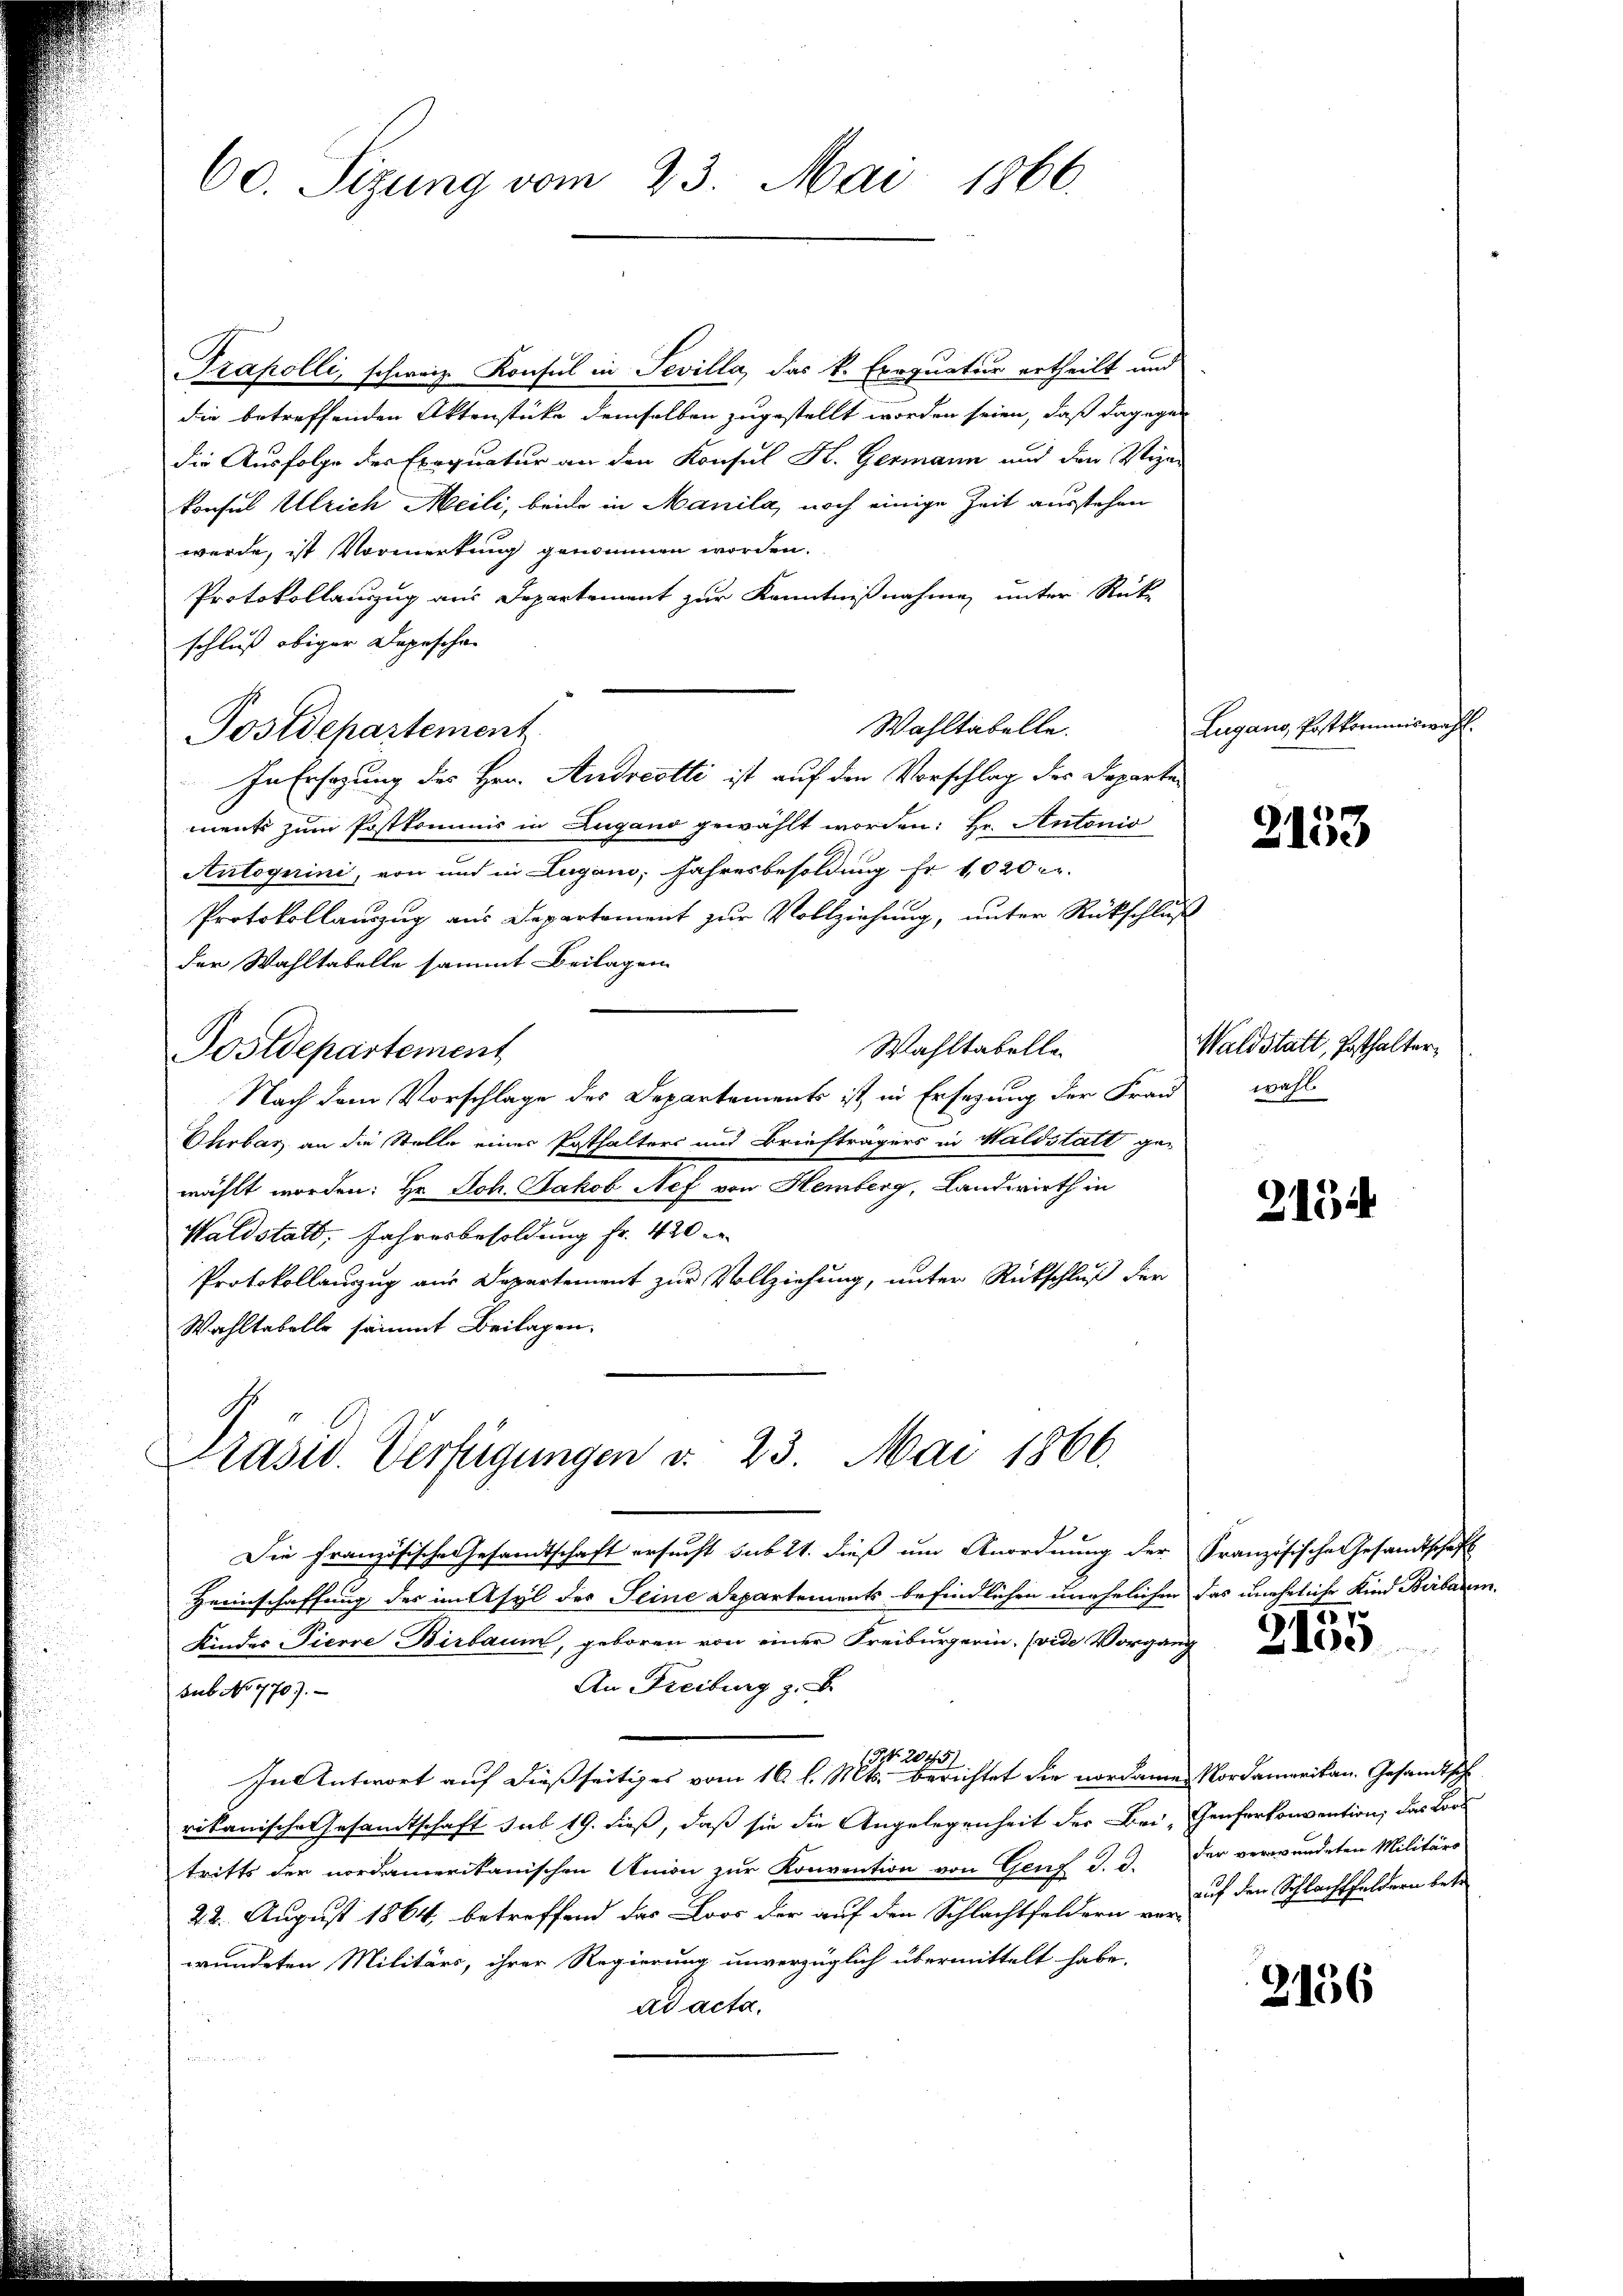
60. Sizung vom 23. Mai 1866.

Trapolli, schweiz. Konsul in Sevilla, das k. Exequatur ertheilt und
die betreffenden Aktenstücke demselben zugestellt worden seien, daß dagegen
die Ausfolge des Exequatur an den Konsul K. Germann und den Stipen
konsul Ulrich Meili, beide in Manila, noch einige Zeit ausstehen
werde, ist Vormerkung genommen worden.
Protokollanzug aus Departement zur Kenntnißnahme unter Rück-
schluß obiger Depeschen
Wahltabelle.
In Ersezung des Hrn. Andreotti ist auf den Vorschlag des Departe
ments zum Postkommis in Zugano gewählt worden: Hr. Antonio
Antoquini, von und in Lugano, Jahresbesoldung Fr. 1020 c
Protokollauszug aus Departement zur Vollziehung, unter Rückschluß
der Wahltabelle sammt Beilagen
Wahltabelle
Postdepartement
Nach dem Vorschlage des Departements ist in Ersezung der Frau wohl
Uhrbar, an die Stelle einer Posthalters und Briefträgers in Waldstatt ge-
wählt worden: Hr. Joh. Jakob Nef von Hemberg, Landwirth in
Waldstalt, Jahresbesoldung fr. 420
Protokollauszug aus Departement zur Vollziehung, unter Rückschluß der
Wahltabelle sämmt Beilagen.

Postdepartement

Präsid. Verfügungen d. 23. Mai 1866.

Heimschaffung des im Asyl des Seine Departements befindlichen unehelichen das uneheliche Kind Birbarm
Kinder Pierre Birbaum, geboren von einer Freiburgerin. (vide Vorgang
An Freiburg z. B.
sub No. 770).
Nr. 2043
In Antwort auf dießseitiges vom 16. l. Mts. berichtet die nordamen Nordamerikan. Gesandtsche
rikanische Gesandtschaft sub 19. dieß, daß sie die Angelegenheit der Bei Genferkonvention, das Lors
tritts der nordamerikanischen Anion zur Konvention von Genf d. d. Der verwundeten Militärs
22. August 1864, betreffend das Loos der auf den Schlachtfeldern ver-
wundeten Militärs, ihrer Regierung unverzüglich übermittelt habe.
ad acta,
n

Die Französische Gesamtschaft ersucht sub 21. dieß um Anordnung der Französische Gesandtschaft

Lugano, Postkommiswahl.

2153

Waldstatt, Posthalter,

2154

21

2100

auf den Schlachsfeldern betr

2136